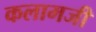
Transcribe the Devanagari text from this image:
कलामजी